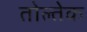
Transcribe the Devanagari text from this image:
तोल्तेक